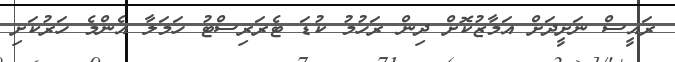
ރައީސް ނަށީދަށް އަމާޒުކޮށް ދިން ރަހުމު ކުޑަ ޓެރަރިސްޓު ހަމަލާ އެންމެ ހަރުކަށި